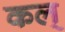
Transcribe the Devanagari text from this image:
कल्‌